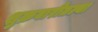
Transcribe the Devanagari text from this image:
शुक्रवारीतल्या